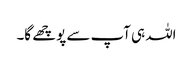
اللہ ہی آپ سے پوچھے گا۔